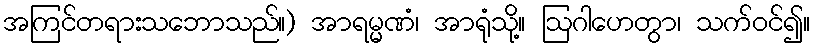
အကြင်တရားသဘောသည်။) အာရမ္မဏံ၊ အာရုံသို့။ ဩဂါဟေတွာ၊ သက်ဝင်၍။